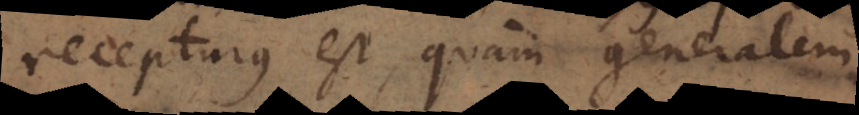
recepturus est quam generalem;